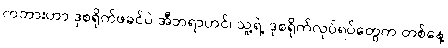
ကဘားဟာ ဒုစရိုက်ဖခင်ပဲ အီဘရာဟင်၊ သူ့ရဲ့ ဒုစရိုက်လုပ်ရပ်တွေက တစ်နေ့